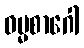
ဓမ္မစာဂေါ